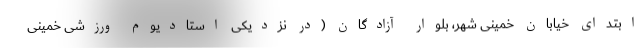
ابتدای خیابان خمینی شهر، بلوار آزادگان (در نزدیکی استادیوم ورزشی خمینی